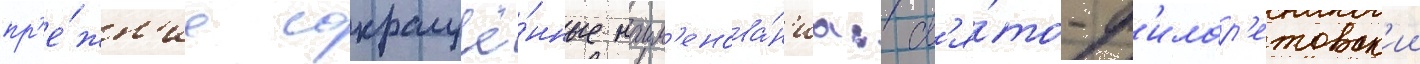
пр'е́жн'ие сокращё́нные наим'енова́н'иа: св'я́то-ф'илар'етовск'ии